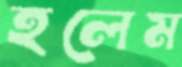
হলেম